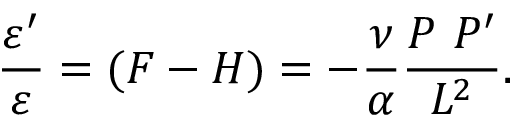
\frac { \varepsilon ^ { \prime } } { \varepsilon } = ( { \cal F } - { \cal H } ) = - \frac { \nu } { \alpha } \frac { P ~ P ^ { \prime } } { { \cal L } ^ { 2 } } .